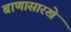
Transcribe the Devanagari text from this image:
बाणासारखे